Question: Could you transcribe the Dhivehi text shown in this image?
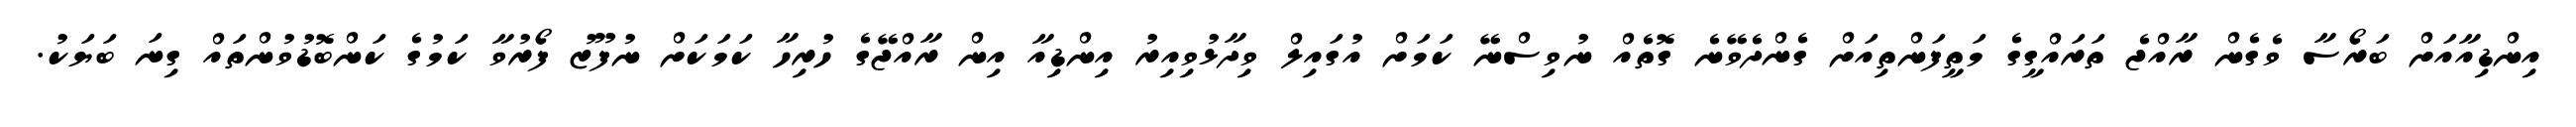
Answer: އިންޑިއާއަށް ބަރޯސާ ވެގެން ރާއްޖެ ތަރައްގީގެ މަތީފަންތިއަށް ގެންދެވޭނެ ގޮތެއް ނުވިސްނޭ ކަމަށް އުގައިލް ވިދާޅުވިއިރު އިންޑިއާ އިން ރާއްޖޭގެ ހުރިހާ ކަމަކަށް ނުފޫޒު ފޯރުވާ ކަމުގެ ކަންބޮޑުވުންތައް ގިނަ ބަޔަކު.